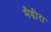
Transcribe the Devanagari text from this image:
मैडीरा